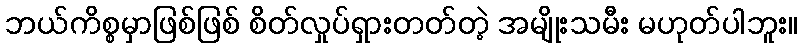
ဘယ်ကိစ္စမှာဖြစ်ဖြစ် စိတ်လှုပ်ရှားတတ်တဲ့ အမျိုးသမီး မဟုတ်ပါဘူး။